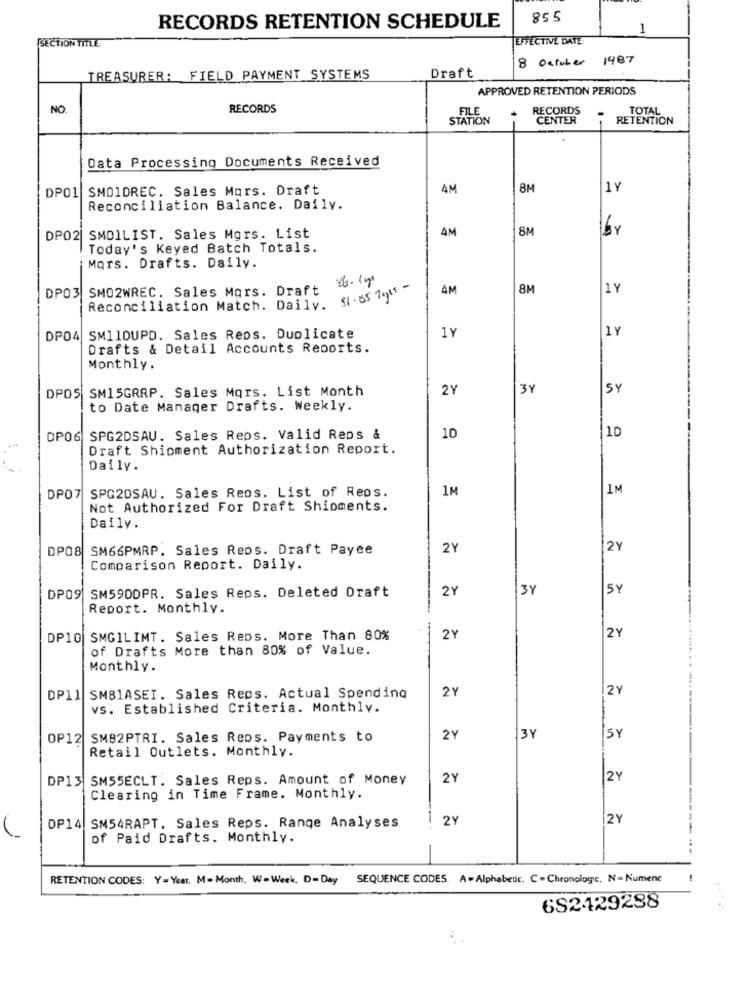
SS8
RECORDS RETENTION SCHEDULE
1
EFFECTIVE DATE
SECTION TITLE
8 October 1987
TREASURER: FIELD PAYMENT SYSTEMS
Draft
APPROVED RETENTION PERIODS
NO.
RECORDS
FILE
RECORDS
TOTAL
STATION
CENTER
RETENTION
Data Processing Documents Received
DPO1 SMO1DREC. Sales Mors. Draft
4M
8M
1Y
Reconciliation Balance. Daily.
4M
8M
BY
DP02| SMO1LIST. Sales Mgrs. List
Today's Keyed Batch Totals.
Mors. Drafts. Daily.
DPO3 SMO2WREC. Sales Mors. Draft
4M
8M
1Y
Reconciliation Match. Daily. $1.65 79"-
1Y
1Y
DP04 SM11OUPD. Sales Reps. Duplicate
Drafts & Detail Accounts Reports.
Monthly.
DPOS SM15GRRP. Sales Mors. List Month
2Y
3Y
SY
to Date Manager Drafts. Weekly.
OP06, SPG2DSAU. Sales Reps. Valid Reps &
10
1D
Draft Shipment Authorization Report.
Daily.
1M
1M
DP07 SPG2DSAU. Sales Reos. List of Reos.
Not Authorized For Draft Shipments.
Daily.
DP08 SM66PMRP. Sales Reps. Draft Payee
2Y
2Y
Comparison Report. Daily.
DP09 SM590DPR. Sales Reps. Deleted Draft
2Y
3Y
5Y
Report. Monthly.
DP10 SMGILIMT. Sales Reps. More Than 80%
2Y
2Y
of Drafts More than 80% of Value.
Monthly.
2 Y
2 Y
DP11 SM81ASEI. Sales Reps. Actual Spending
vs. Established Criteria. Monthly.
OP12 SMB2PTRI. Sales Reps. Payments to
2Y
3Y
SY
Retail Outlets. Monthly.
DP13 SM55ECLT. Sales Reps. Amount of Money
2Y
2Y
Clearing in Time Frame. Monthly.
2Y
2Y
OP14 SM54RAPT. Sales Reps. Range Analyses
of Paid Drafts. Monthly.
RETENTION CODES: Y= Year. M- Month, W- Week, D-Day
SEQUENCE CODES. A = Alphabetic. C = Chronologie. N = Numene
682129288